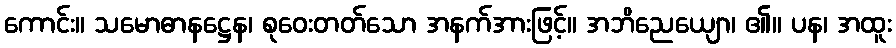
ကောင်း။ သမောဓာနဋ္ဌေန၊ စုဝေးတတ်သော အနက်အားဖြင့်။ အဘိညေယျော၊ ၏။ ပန၊ အထူး